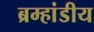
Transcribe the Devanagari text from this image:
ब्रम्हांडीय